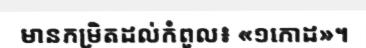
មានកម្រិតដល់កំពូល៖ «១កោដ»។